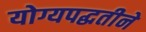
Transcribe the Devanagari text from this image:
योग्यपद्धतीने